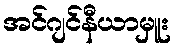
အင်ဂျင်နီယာမှူး